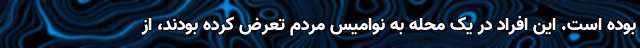
بوده است. این افراد در یک محله به نوامیس مردم تعرض کرده بودند، از